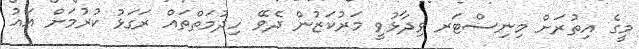
މީގެ އިތުރަށް މިނިސްޓަރ ވިދާޅުވީ މަރުކަޒުން ދެވޭ ހިދުމަތްތައް ރަގަޅު ކުރުމަށް އައު